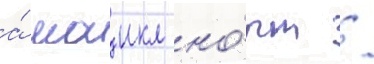
а́ маикл но́рт /